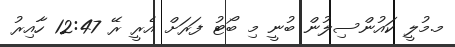
މ.މުލީ ކައުންސިލުން ބުނީ މި ބޯޓު ފަރަށް އެރީ ރޭ 12:47 ހާއިރު